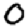
Digit: 0